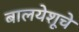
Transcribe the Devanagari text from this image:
बालयेशूचे